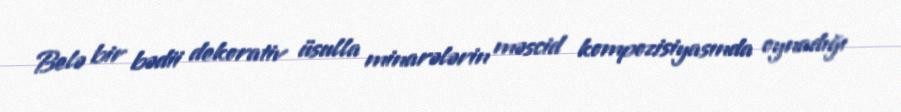
Belə bir bədii dekorativ üsulla minarələrin məscid kompozisiyasında oynadığı